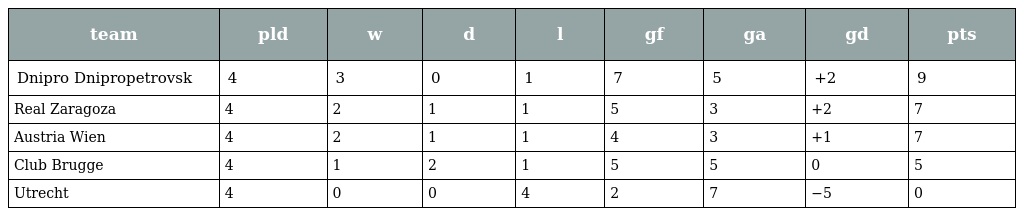
| team | pld | w | d | l | gf | ga | gd | pts |
 | --- | --- | --- | --- | --- | --- | --- | --- | --- |
 | Dnipro Dnipropetrovsk | 4 | 3 | 0 | 1 | 7 | 5 | +2 | 9 |
 | Real Zaragoza | 4 | 2 | 1 | 1 | 5 | 3 | +2 | 7 |
 | Austria Wien | 4 | 2 | 1 | 1 | 4 | 3 | +1 | 7 |
 | Club Brugge | 4 | 1 | 2 | 1 | 5 | 5 | 0 | 5 |
 | Utrecht | 4 | 0 | 0 | 4 | 2 | 7 | −5 | 0 |